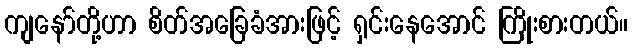
ကျနော်တို့ဟာ စိတ်အခြေခံအားဖြင့် ရှင်းနေအောင် ကြိုးစားတယ်။